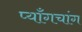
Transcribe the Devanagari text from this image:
प्याँगचांग